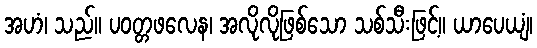
အဟံ၊ သည်။ ပဝတ္တဖလေန၊ အလိုလိုဖြစ်သော သစ်သီးဖြင့်။ ယာပေယျံ၊